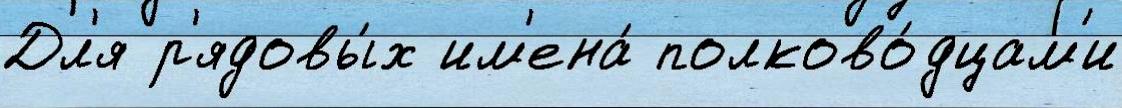
Дл'я р'ядовы́х им'ена́ полково́дцам'и